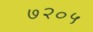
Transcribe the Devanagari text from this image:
७२०५